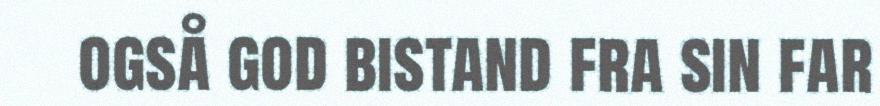
også god bistand fra sin far